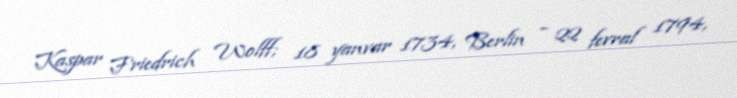
Kaspar Friedrich Wolff; 18 yanvar 1734, Berlin – 22 fevral 1794,